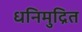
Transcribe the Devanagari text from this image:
धनिमुद्रित